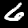
Label: 6